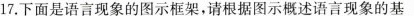
17.下面是语言现象的图示框架，请根据图示概述语言现象的基